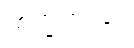
ဗြာဟ္မဏဝဂ္ဂေ